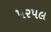
પરપલ